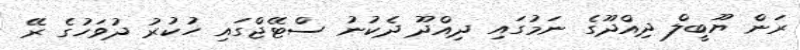
ރަން ޔޫބީލް ދިއްދޫގެ ނަމުގައި ދިއްދޫ ދެކުނު ސްޓޭޖްގައި ހުކުރު ދުވަހުގެ ރޭ